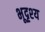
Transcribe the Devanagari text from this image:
भूदृश्‍य